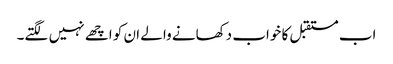
اب مستقبل کا خواب دکھانے والے ان کو اچھے نہیں لگتے۔